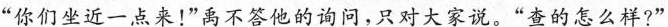
“你们坐近一点来!”禹不答他的询问，只对大家说。“查的怎么样?”